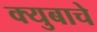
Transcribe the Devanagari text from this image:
क्युबाचे